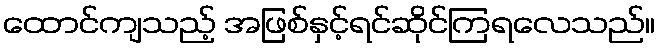
ထောင်ကျသည့် အဖြစ်နှင့်ရင်ဆိုင်ကြရလေသည်။